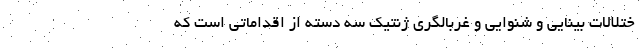
ختلالات بینایی و شنوایی و غربالگری ژنتیک سه دسته از اقداماتی است که